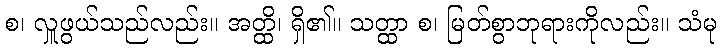
စ၊ လှူဖွယ်သည်လည်း။ အတ္ထိ၊ ရှိ၏။ သတ္ထာ စ၊ မြတ်စွာဘုရားကိုလည်း။ သံမု